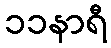
၁၁နာရီ